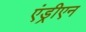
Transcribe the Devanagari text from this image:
एंड्रीएन